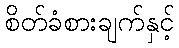
စိတ်ခံစားချက်နှင့်